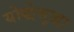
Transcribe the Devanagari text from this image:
योद्धेसुद्धा